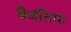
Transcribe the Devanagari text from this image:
बैजंतिया